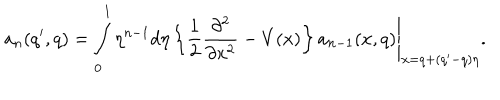
a _ { n } ( q ^ { \prime } , q ) = \int _ { 0 } ^ { 1 } \eta ^ { n - 1 } d \eta \left\{ \frac { 1 } { 2 } \frac { \partial ^ { 2 } } { \partial x ^ { 2 } } - V ( x ) \right\} a _ { n - 1 } ( x , q ) \Biggl . \Biggr | _ { x = q + ( q ^ { \prime } - q ) \eta } .